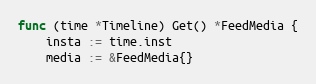
Language: Go
func (time *Timeline) Get() *FeedMedia {
	insta := time.inst
	media := &FeedMedia{}